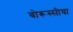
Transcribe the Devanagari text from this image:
बोरूस्सीया